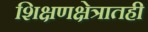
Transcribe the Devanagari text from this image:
शिक्षणक्षेत्रातही